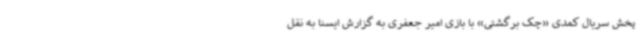
پخش سریال کمدی «چک برگشتی» با بازی امیر جعفری به گزارش ایسنا به نقل